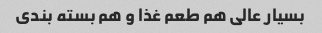
بسیار عالی هم طعم غذا و هم بسته بندی